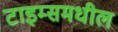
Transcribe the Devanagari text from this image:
टाइम्समधील